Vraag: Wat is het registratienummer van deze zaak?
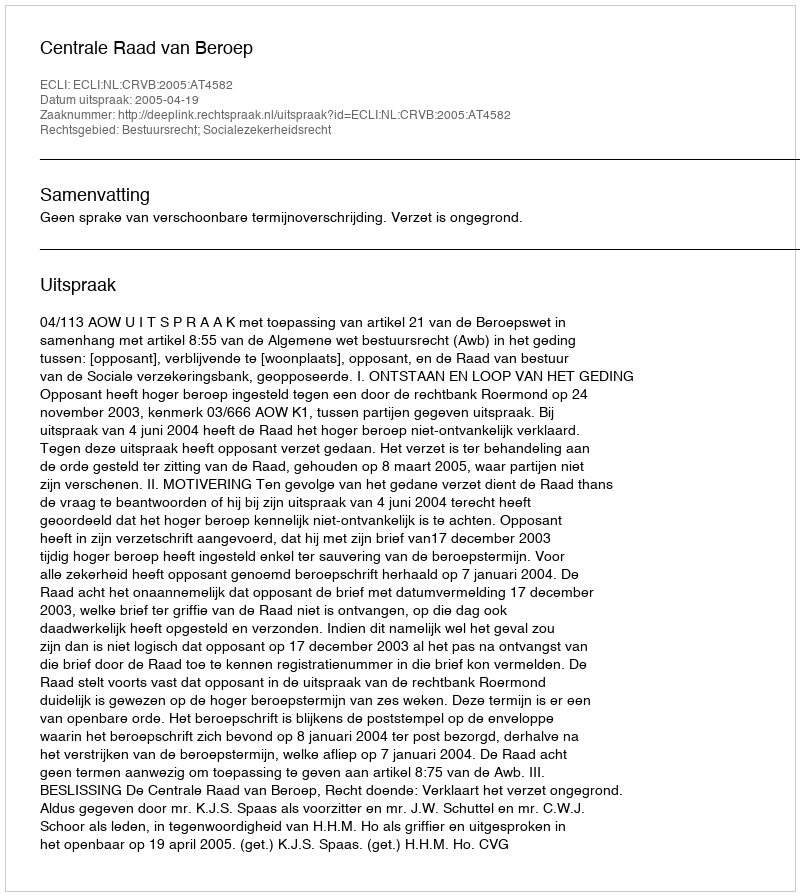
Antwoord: http://deeplink.rechtspraak.nl/uitspraak?id=ECLI:NL:CRVB:2005:AT4582